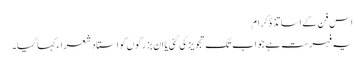
اس فن کے اساتذۂ کرام
یہ فہرست ہے جو اب تک تجویز کی گئی یا ان بزرگوں کو استاد شعراء کہا گیا۔